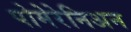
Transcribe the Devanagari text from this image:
पोमेरेनिअन